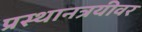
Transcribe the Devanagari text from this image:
प्रस्थानत्रयीवर